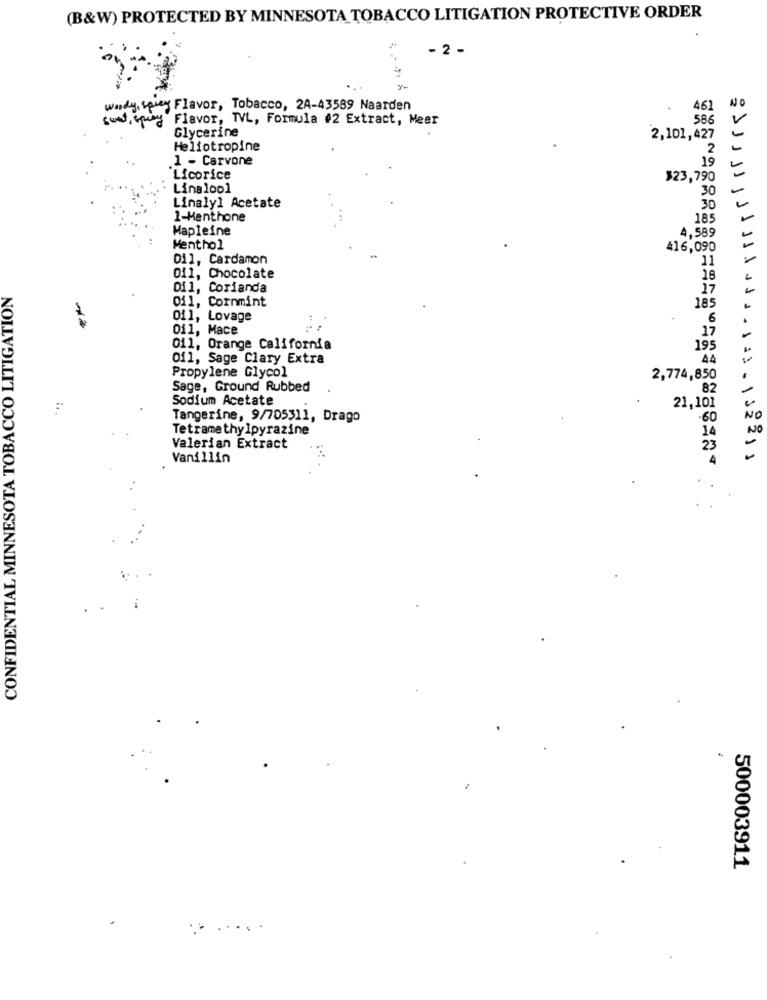
(B&W) PROTECTED BY MINNESOTA TOBACCO LITIGATION PROTECTIVE ORDER
- 2 -
NO
Wody, spicy Flavor, Tobacco, 2A-43589 Naarden
461
swet, sping Flavor, TVL, Formula #2 Extract, Meer
586
Glycerine
2,101,427
-
Heliotropine
2
1 - Carvone
19
Licorice
$23,790
Linalool
30
-
Linalyl Acetate
30
1-Menthone
185
Mapleine
4,589
Menthol
416,090
Dil, Cardamon
11
011, Chocolate
16
CONFIDENTIAL MINNESOTA TOBACCO LITIGATION
Dil, Corianda
17
Oil, Cornmint
185
011, Lovage
6
Oil, Mace
17
011, Orange California
195
Of1, Sage Clary Extra
44
Propylene Glycol
2,774,850
Sage, Ground Rubbed
82
-
Sodium Acetate
21,101
Tangerine, 9/705311, Drago
.60
NO
Tetramethylpyrazine
14
NO
Valerian Extract
23
Vanillin
4
· |12211
.
500003911
... .. .. .